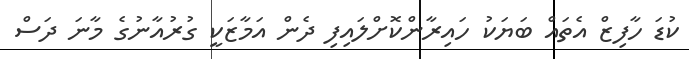
ކުޑަ ހާފިޒް އެތައް ބަޔަކު ހައިރާންކޮށްލައިފި ދެން އަމާޒަކީ ގުރުއާނުގެ މާނަ ދަސް